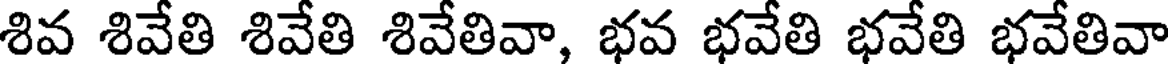
శివ శివేతి శివేతి శివేతివా, భవ భవేతి భవేతి భవేతివా